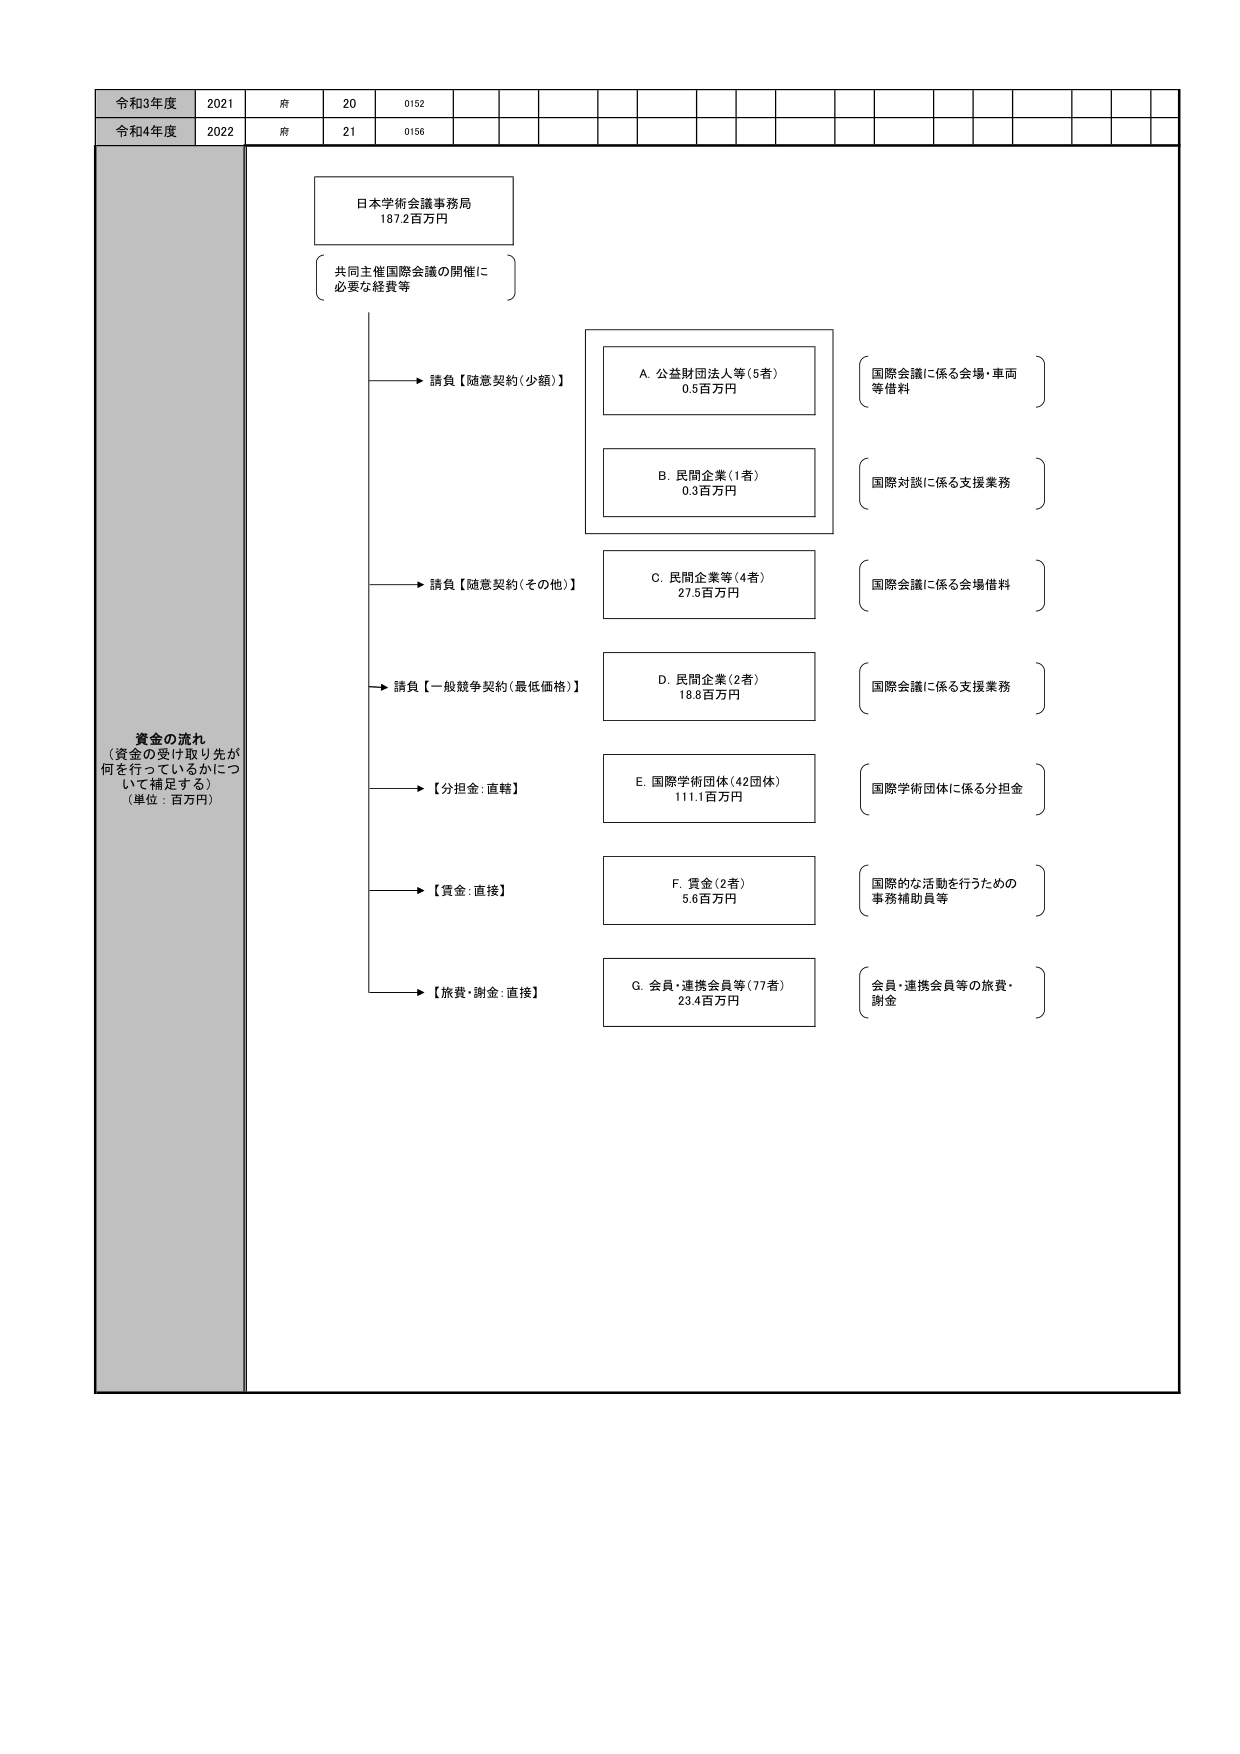
令和3年度 2021 府 20 0152
令和4年度 2022 府 21 0156

資金の流れ
（資金の受け取り先が
何を行っているかにつ
いて補足する）
（単位：百万円）

日本学術会議事務局
187.2百万円

共同主催国際会議の開催に
必要な経費等

→ 請負【随意契約（少額）】
　A. 公益財団法人等（5者）
　　0.5百万円
　　（国際会議に係る会場・車両等借料）

　B. 民間企業（1者）
　　0.3百万円
　　（国際対談に係る支援業務）

→ 請負【随意契約（その他）】
　C. 民間企業等（4者）
　　27.5百万円
　　（国際会議に係る会場借料）

→ 請負【一般競争契約（最低価格）】
　D. 民間企業（2者）
　　18.8百万円
　　（国際会議に係る支援業務）

→ 【分担金：直轄】
　E. 国際学術団体（42団体）
　　111.1百万円
　　（国際学術団体に係る分担金）

→ 【賃金：直接】
　F. 賃金（2者）
　　5.6百万円
　　（国際的な活動を行うための事務補助員等）

→ 【旅費・謝金：直接】
　G. 会員・連携会員等（77者）
　　23.4百万円
　　（会員・連携会員等の旅費・謝金）